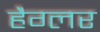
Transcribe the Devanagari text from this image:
हैग्लर